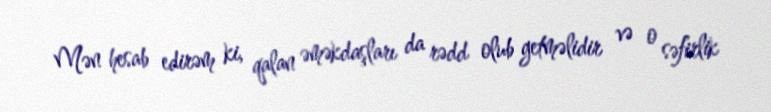
Mən hesab edirəm ki, qalan əməkdaşları da rədd olub getməlidir və o səfirlik